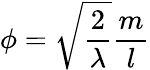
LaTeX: \phi=\sqrt{\frac{2}{\lambda}}\frac{m}{l}